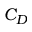
C _ { D }